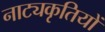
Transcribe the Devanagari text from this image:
नाट्यकृतियों